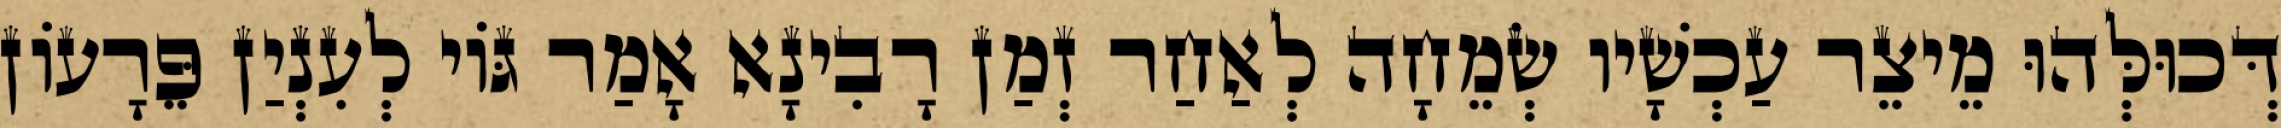
דְּכוּלְּהוּ מֵיצֵר עַכְשָׁיו שְׂמֵחָה לְאַחַר זְמַן רָבִינָא אָמַר גּוֹי לְעִנְיַן פֵּרָעוֹן